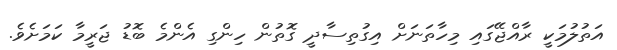
އަތުލުމަކީ ރާއްޖޭގައި މިހާތަނަށް އިގުތިސާދީ ގޮތުން ހިންގި އެންމެ ބޮޑު ޖަރީމާ ކަމަށެވެ.